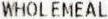
WHOLEMEAL